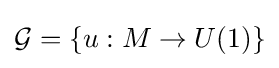
{\mathcal {G}}=\{u:M\to U(1)\}